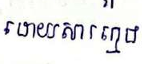
ដោយសារក្មេង